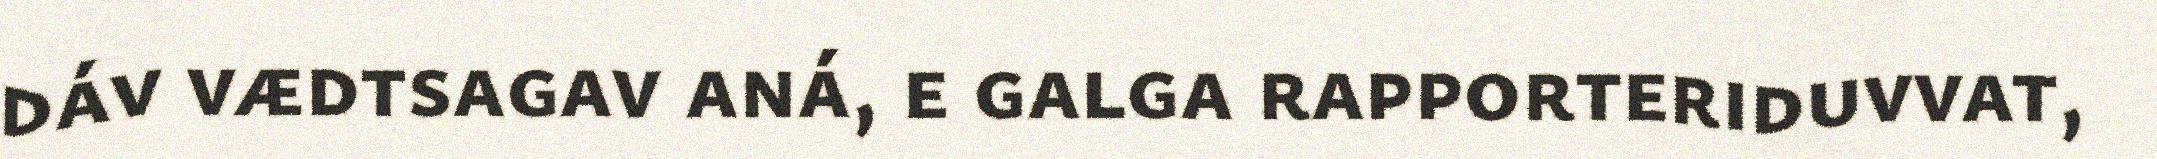
dáv vædtsagav aná, e galga rapporteriduvvat,